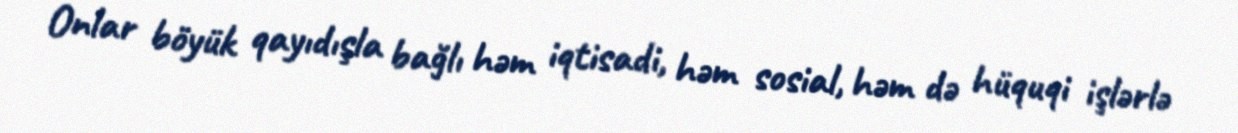
Onlar böyük qayıdışla bağlı həm iqtisadi, həm sosial, həm də hüquqi işlərlə